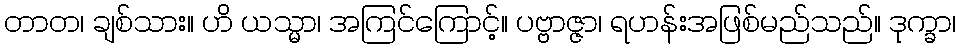
တာတ၊ ချစ်သား။ ဟိ ယသ္မာ၊ အကြင်ကြောင့်။ ပဗ္ဗာဇ္ဇာ၊ ရဟန်းအဖြစ်မည်သည်။ ဒုက္ခာ၊